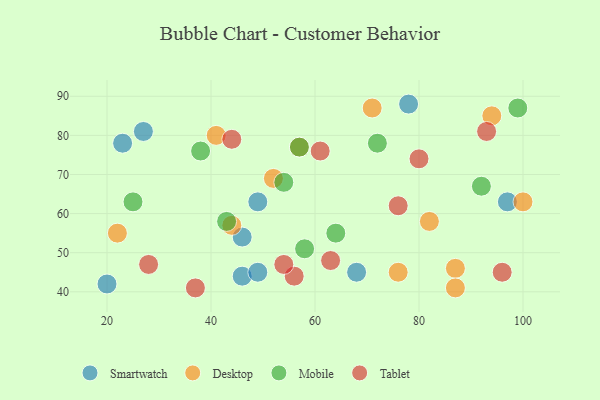
{"axis": {"x": "GDP", "y": "Life Expectancy"}, "legend": ["Desktop", "Mobile", "Smartwatch", "Tablet"], "data": [{"x": "97", "y": 63, "type": "Smartwatch"}, {"x": "27", "y": 81, "type": "Smartwatch"}, {"x": "46", "y": 54, "type": "Smartwatch"}, {"x": "46", "y": 44, "type": "Smartwatch"}, {"x": "23", "y": 78, "type": "Smartwatch"}, {"x": "78", "y": 88, "type": "Smartwatch"}, {"x": "20", "y": 42, "type": "Smartwatch"}, {"x": "49", "y": 63, "type": "Smartwatch"}, {"x": "49", "y": 45, "type": "Smartwatch"}, {"x": "68", "y": 45, "type": "Smartwatch"}, {"x": "87", "y": 46, "type": "Desktop"}, {"x": "22", "y": 55, "type": "Desktop"}, {"x": "57", "y": 77, "type": "Desktop"}, {"x": "41", "y": 80, "type": "Desktop"}, {"x": "76", "y": 45, "type": "Desktop"}, {"x": "94", "y": 85, "type": "Desktop"}, {"x": "52", "y": 69, "type": "Desktop"}, {"x": "82", "y": 58, "type": "Desktop"}, {"x": "87", "y": 41, "type": "Desktop"}, {"x": "71", "y": 87, "type": "Desktop"}, {"x": "44", "y": 57, "type": "Desktop"}, {"x": "100", "y": 63, "type": "Desktop"}, {"x": "92", "y": 67, "type": "Mobile"}, {"x": "72", "y": 78, "type": "Mobile"}, {"x": "99", "y": 87, "type": "Mobile"}, {"x": "25", "y": 63, "type": "Mobile"}, {"x": "54", "y": 68, "type": "Mobile"}, {"x": "38", "y": 76, "type": "Mobile"}, {"x": "58", "y": 51, "type": "Mobile"}, {"x": "64", "y": 55, "type": "Mobile"}, {"x": "43", "y": 58, "type": "Mobile"}, {"x": "57", "y": 77, "type": "Mobile"}, {"x": "76", "y": 62, "type": "Tablet"}, {"x": "63", "y": 48, "type": "Tablet"}, {"x": "80", "y": 74, "type": "Tablet"}, {"x": "96", "y": 45, "type": "Tablet"}, {"x": "28", "y": 47, "type": "Tablet"}, {"x": "44", "y": 79, "type": "Tablet"}, {"x": "56", "y": 44, "type": "Tablet"}, {"x": "61", "y": 76, "type": "Tablet"}, {"x": "93", "y": 81, "type": "Tablet"}, {"x": "37", "y": 41, "type": "Tablet"}, {"x": "54", "y": 47, "type": "Tablet"}]}